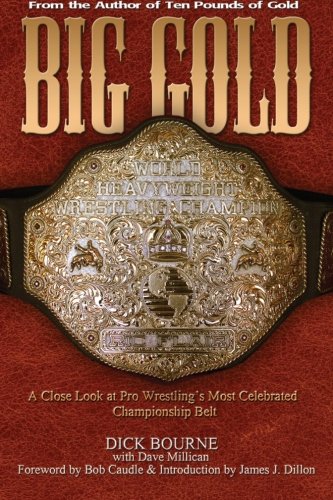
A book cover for Big Gold: A Close Look at Pro Wrestling's Most Celebrated Championship Belt; Dick Bourne; Sports & Outdoors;